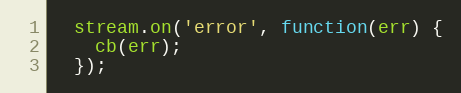
Language: JavaScript
  stream.on('error', function(err) {
    cb(err);
  });